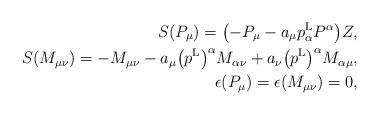
LaTeX: \begin{align*} S(P_{\mu})=\big({-}P_{\mu}-a_{\mu}p^{\rm L}_{\alpha}P^{\alpha}\big)Z,\\ S(M_{\mu\nu})=-M_{\mu\nu} -a_{\mu}\big(p^{\rm L}\big)^\alpha M_{\alpha\nu}+a_{\nu}\big(p^{\rm L}\big)^\alpha M_{\alpha\mu},\\ \epsilon(P_{\mu})=\epsilon(M_{\mu\nu})=0,\end{align*}